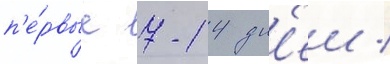
п'е́рвые 7-14 дн'еи /